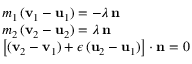
\begin{array} { r l } & { m _ { 1 } \, ( \mathbf v _ { 1 } - \mathbf u _ { 1 } ) = - \lambda \, \mathbf n } \\ & { m _ { 2 } \, ( \mathbf v _ { 2 } - \mathbf u _ { 2 } ) = \lambda \, \mathbf n } \\ & { \left[ ( \mathbf v _ { 2 } - \mathbf { v } _ { 1 } ) + \epsilon \, ( \mathbf u _ { 2 } - \mathbf u _ { 1 } ) \right] \cdot \mathbf n = 0 } \end{array}